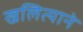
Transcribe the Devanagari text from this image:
खलित्याने